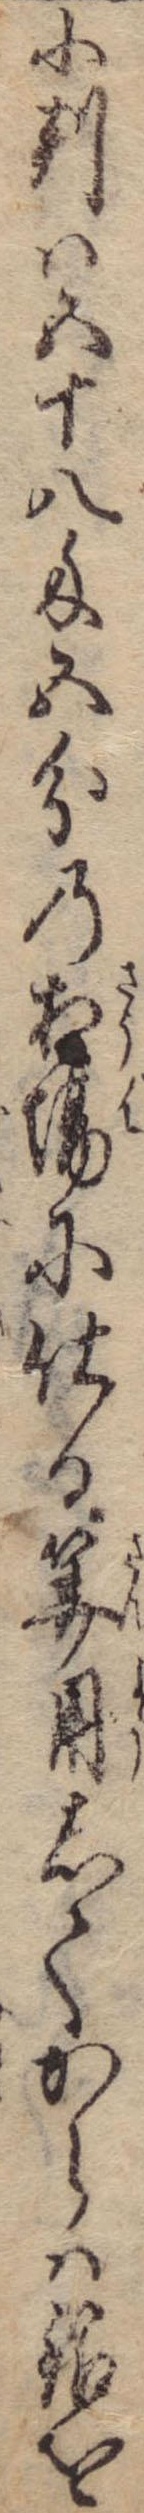
小判は五十八匁五分の相場に仕る算用してからは銀を